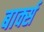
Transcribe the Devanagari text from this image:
बार्क्स